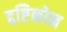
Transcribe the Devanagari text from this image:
द्दष्टिकोन